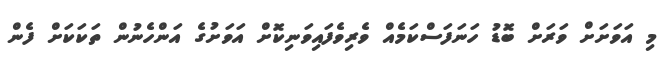
މި އަވަށަށް ވަރަށް ބޮޑު ހަނަފަސްކަމެއް ވެރިވެފައިވަނިކޮށް އަވަށުގެ އަންހެނުން ތަކަކަށް ފެން